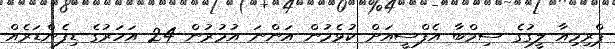
ޕްރިމިއާ ލީގުގެ ސިމްބާ އެފްސީއަށް ކުޅެމުން އަންނަ އުމުރުން 24 އަހަރުގެ ޑިފެންޑަރެއް